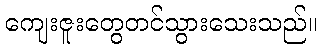
ကျေးဇူးတွေတင်သွားသေးသည်။